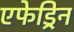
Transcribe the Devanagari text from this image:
एफेड्रिन